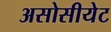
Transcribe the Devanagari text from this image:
असोसीयेट